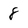
Character: 8